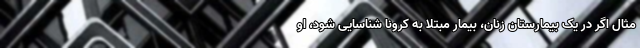
مثال اگر در یک بیمارستان زنان، بیمار مبتلا به کرونا شناسایی شود، او